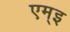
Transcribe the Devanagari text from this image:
एम्इ